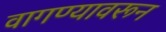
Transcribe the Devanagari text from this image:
वागण्यावरून